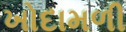
ખોદામળી